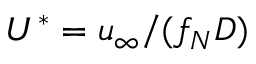
U ^ { \ast } = u _ { \infty } / ( f _ { N } D )